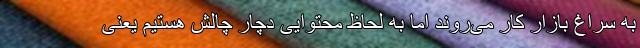
به سراغ بازار کار می‌روند اما به لحاظ محتوایی دچار چالش هستیم یعنی